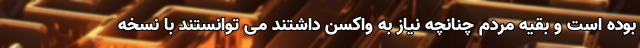
بوده است و بقیه مردم چنانچه نیاز به واکسن داشتند می توانستند با نسخه